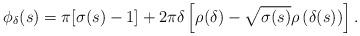
LaTeX: \begin{align*}\phi_\delta(s)= \pi [\sigma(s)-1]+ 2\pi \delta\left[\rho(\delta) - \sqrt{\sigma(s)}\rho\left(\delta(s)\right) \right].\end{align*}